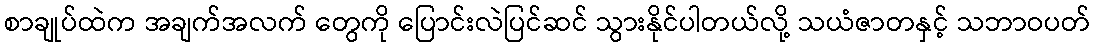
စာချုပ်ထဲက အချက်အလက် တွေကို ပြောင်းလဲပြင်ဆင် သွားနိုင်ပါတယ်လို့ သယံဇာတနှင့် သဘာဝပတ်